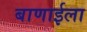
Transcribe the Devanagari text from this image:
बाणाईला